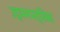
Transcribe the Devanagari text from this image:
उद्यमपत्रिका